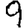
Digit: 9